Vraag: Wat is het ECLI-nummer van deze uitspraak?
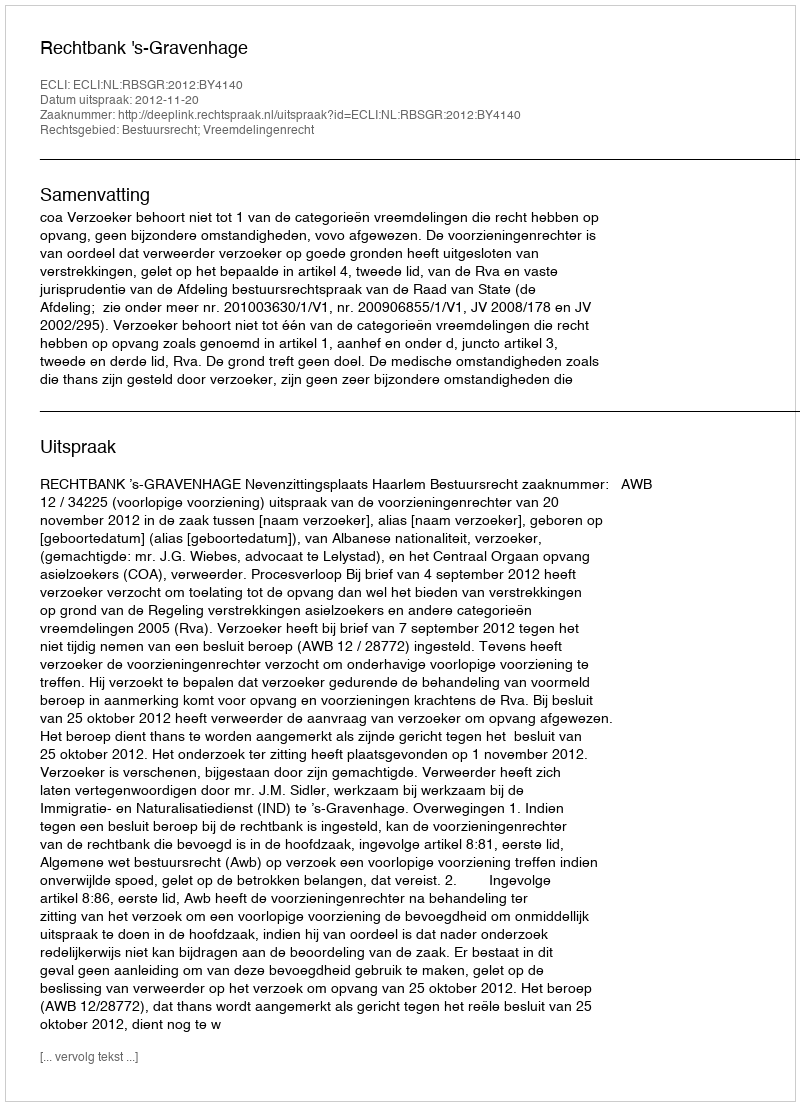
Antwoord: ECLI:NL:RBSGR:2012:BY4140